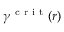
\gamma ^ { \mathrm { ~ c ~ r ~ i ~ t ~ } } ( r )